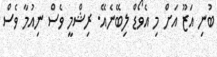
ބުނި އަޒޫ އަށް މި އެވޯޑް ލިބޭނެއޭ. ރިޝްމީ ވެސް ނިއުމާ ވެސް